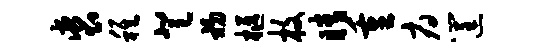
裘稚登初柩枚睛重府筐